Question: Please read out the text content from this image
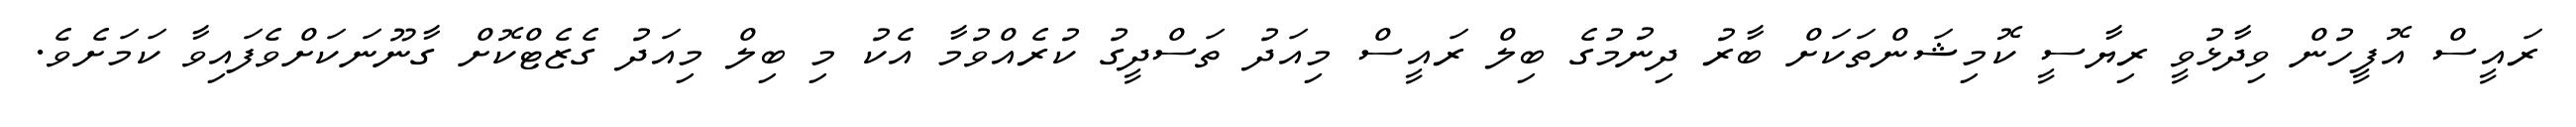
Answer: ރައީސް އޮފީހުން ވިދާޅުވީ ރިޔާސީ ކޮމިޝަންތަކަށް ބާރު ދިނުމުގެ ބިލް ރައީސް މިއަދު ތަސްދީގު ކުރެއްވުމާ އެކު މި ބިލް މިއަދު ގެޒެޓްކޮށް ގާނޫނަކަށްވެފައިވާ ކަމަށެވެ.